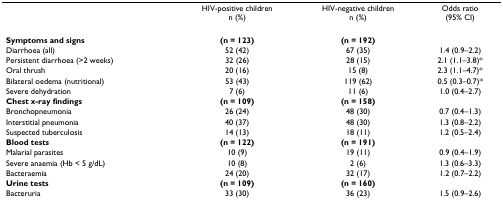
|  | HIV-positive childrenn (%) | HIV-negative childrenn (%) | Odds ratio(95% CI) |
 | --- | --- | --- | --- |
 | Symptoms and signs | (n = 123) | (n = 192) |  |
 | Diarrhoea (all) | 52 (42) | 67 (35) | 1.4 (0.9–2.2) |
 | Persistent diarrhoea (>2 weeks) | 32 (26) | 28 (15) | 2.1 (1.1–3.8)* |
 | Oral thrush | 20 (16) | 15 (8) | 2.3 (1.1–4.7)* |
 | Bilateral oedema (nutritional) | 53 (43) | 119 (62) | 0.5 (0.3–0.7)* |
 | Severe dehydration | 7 (6) | 11 (6) | 1.0 (0.4–2.7) |
 | Chest x-ray findings | (n = 109) | (n = 158) |  |
 | Bronchopneumonia | 26 (24) | 48 (30) | 0.7 (0.4–1.3) |
 | Interstitial pneumonia | 40 (37) | 48 (30) | 1.3 (0.8–2.2) |
 | Suspected tuberculosis | 14 (13) | 18 (11) | 1.2 (0.5–2.4) |
 | Blood tests | (n = 122) | (n = 191) |  |
 | Malarial parasites | 10 (9) | 19 (11) | 0.9 (0.4–1.9) |
 | Severe anaemia (Hb < 5 g/dL) | 10 (8) | 2 (6) | 1.3 (0.6–3.3) |
 | Bacteraemia | 24 (20) | 32 (17) | 1.2 (0.7–2.2) |
 | Urine tests | (n = 109) | (n = 160) |  |
 | Bacteruria | 33 (30) | 36 (23) | 1.5 (0.9–2.6) |